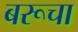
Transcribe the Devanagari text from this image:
बरूचा